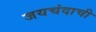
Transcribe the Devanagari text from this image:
जयचंदाची